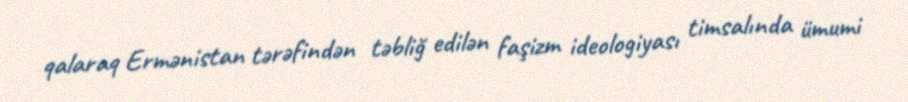
qalaraq Ermənistan tərəfindən təbliğ edilən faşizm ideologiyası timsalında ümumi